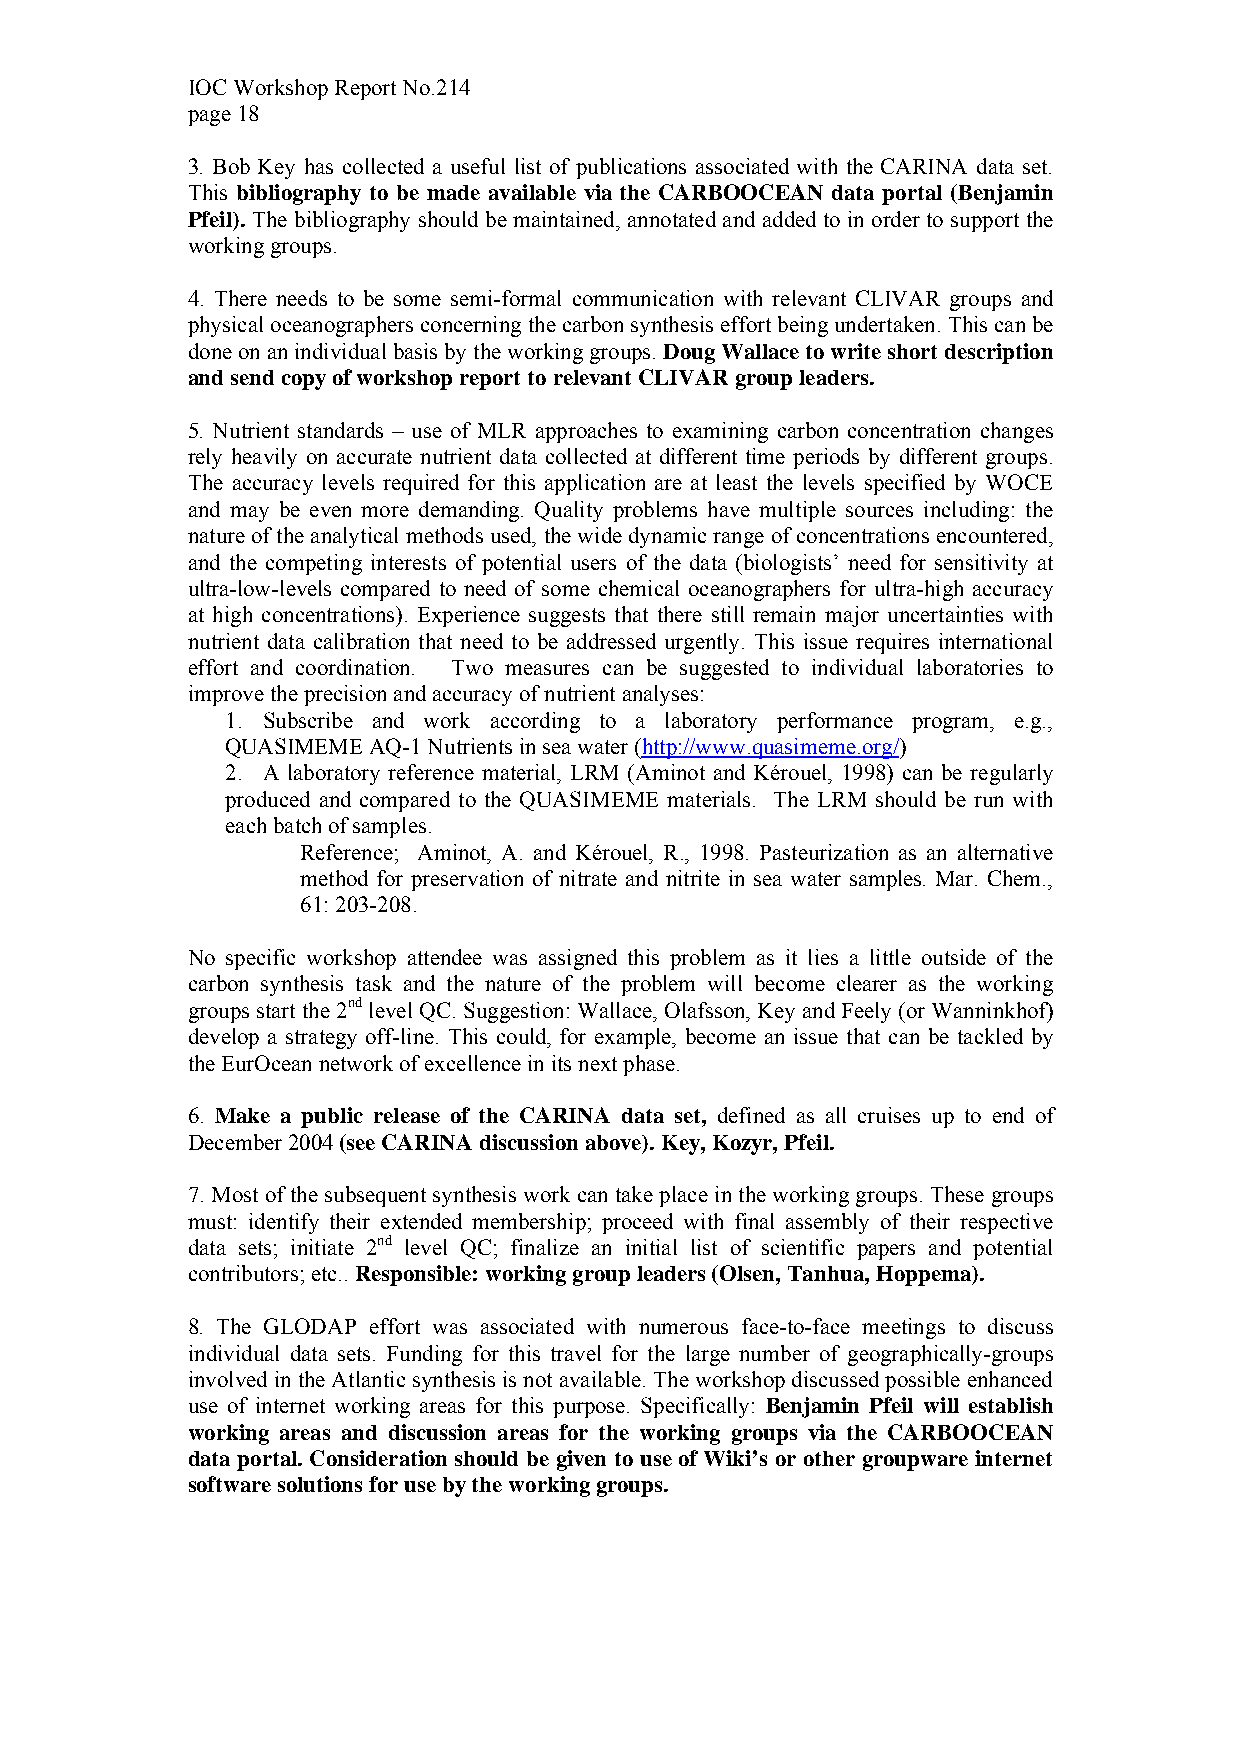
IOC Workshop Report No.214
 page 18
 3. Bob Key has collected a useful list of publications associated with the CARINA data set.
 This bibliography to be made available via the CARBOOCEAN data portal (Benjamin
 Pfeil). The bibliography should be maintained, annotated and added to in order to support the
 working groups.
 4. There needs to be some semi-formal communication with relevant CLIVAR groups and
 physical oceanographers concerning the carbon synthesis effort being undertaken. This can be
 done on an individual basis by the working groups. Doug Wallace to write short description
 and send copy of workshop report to relevant CLIVAR group leaders.
 5. Nutrient standards – use of MLR approaches to examining carbon concentration changes
 rely heavily on accurate nutrient data collected at different time periods by different groups.
 The accuracy levels required for this application are at least the levels specified by WOCE
 and may be even more demanding. Quality problems have multiple sources including: the
 nature of the analytical methods used, the wide dynamic range of concentrations encountered,
 and the competing interests of potential users of the data (biologists’ need for sensitivity at
 ultra-low-levels compared to need of some chemical oceanographers for ultra-high accuracy
 at high concentrations). Experience suggests that there still remain major uncertainties with
 nutrient data calibration that need to be addressed urgently. This issue requires international
 effort and coordination. Two measures can be suggested to individual laboratories to
 improve the precision and accuracy of nutrient analyses:
 1. Subscribe and work according to a laboratory performance program, e.g.,
 QUASIMEME AQ-1 Nutrients in sea water (http://www.quasimeme.org/)
 2. A laboratory reference material, LRM (Aminot and Kérouel, 1998) can be regularly
 produced and compared to the QUASIMEME materials. The LRM should be run with
 each batch of samples.
 Reference; Aminot, A. and Kérouel, R., 1998. Pasteurization as an alternative
 method for preservation of nitrate and nitrite in sea water samples. Mar. Chem.,
 61: 203-208.
 No specific workshop attendee was assigned this problem as it lies a little outside of the
 carbon synthesis task and the nature of the problem will become clearer as the working
 groups start the 2nd level QC. Suggestion: Wallace, Olafsson, Key and Feely (or Wanninkhof)
 develop a strategy off-line. This could, for example, become an issue that can be tackled by
 the EurOcean network of excellence in its next phase.
 6. Make a public release of the CARINA data set, defined as all cruises up to end of
 December 2004 (see CARINA discussion above). Key, Kozyr, Pfeil.
 7. Most of the subsequent synthesis work can take place in the working groups. These groups
 must: identify their extended membership; proceed with final assembly of their respective
 data sets; initiate 2nd level QC; finalize an initial list of scientific papers and potential
 contributors; etc.. Responsible: working group leaders (Olsen, Tanhua, Hoppema).
 8. The GLODAP effort was associated with numerous face-to-face meetings to discuss
 individual data sets. Funding for this travel for the large number of geographically-groups
 involved in the Atlantic synthesis is not available. The workshop discussed possible enhanced
 use of internet working areas for this purpose. Specifically: Benjamin Pfeil will establish
 working areas and discussion areas for the working groups via the CARBOOCEAN
 data portal. Consideration should be given to use of Wiki’s or other groupware internet
 software solutions for use by the working groups.